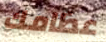
عظامك